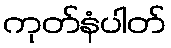
ကုတ်နံပါတ်